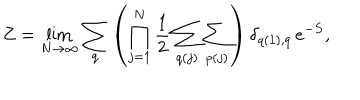
LaTeX: Z = \lim _ { N \rightarrow \infty } \sum _ { q } \left( \prod _ { j = 1 } ^ { N } \frac { 1 } { 2 } \sum _ { q ( j ) } \sum _ { p ( j ) } \right) \delta _ { q ( 1 ) , q } \, e ^ { - S } ,